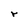
Character: r